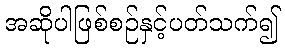
အဆိုပါဖြစ်စဉ်နှင့်ပတ်သက်၍